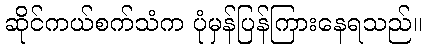
ဆိုင်ကယ်စက်သံက ပုံမှန်ပြန်ကြားနေရသည်။